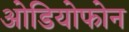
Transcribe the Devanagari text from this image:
ओडियोफोन